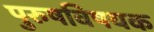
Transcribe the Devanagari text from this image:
पुरुषविषयक